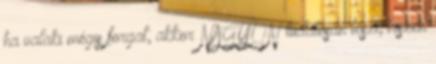
ha valaki mégis forgat, akkor NAGYON tudatosan teszi, hiszen